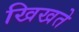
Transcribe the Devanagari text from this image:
खिखते